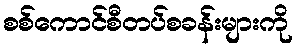
စစ်ကောင်စီတပ်စခန်းများကို